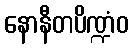
နောနီတပိဏ္ဍံဝ